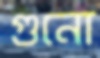
গুনো